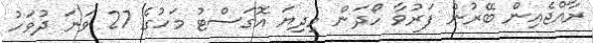
ރާއްޖެއިން ބޭރުން ފަރުވާ ހޯދަން މިދިޔަ އޮގަސްޓު މަހުގެ 27 ވަނަ ދުވަހު